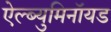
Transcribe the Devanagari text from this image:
ऐल्ब्युमिनॉयड